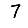
Digit: 7